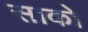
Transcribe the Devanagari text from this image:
साको